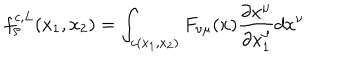
f _ { \rho } ^ { c , L } ( x _ { 1 } , x _ { 2 } ) = \int _ { c ( x _ { 1 } , x _ { 2 } ) } F _ { \nu \mu } ( x ) \frac { \partial x ^ { \mu } } { \partial x _ { 1 } ^ { \rho } } d x ^ { \nu }